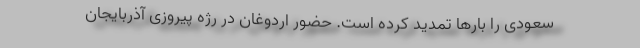
سعودی را بارها تمدید کرده است. حضور اردوغان در رژه پیروزی آذربایجان